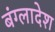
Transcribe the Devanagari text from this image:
बंग्‍लादेश